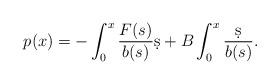
LaTeX: \begin{align*} p(x) = - \int_0^x \frac{F(s)}{b(s)} \d s + B \int_0^x \frac{\d s}{b(s)}.\end{align*}